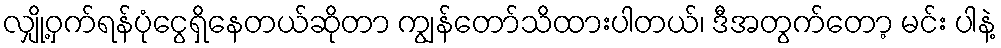
လျှို့ဝှက်ရန်ပုံငွေရှိနေတယ်ဆိုတာ ကျွန်တော်သိထားပါတယ်၊ ဒီအတွက်တော့ မင်း ပါနဲ့